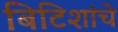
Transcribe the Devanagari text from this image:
बिटिशांचे